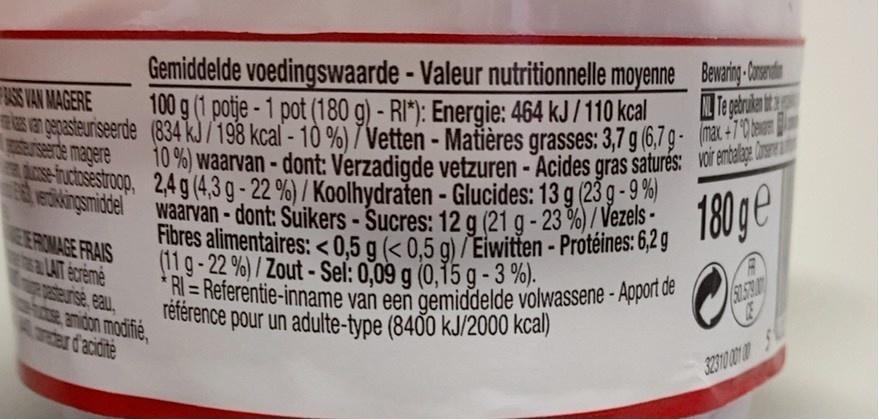
10 %) waarvan-dont: Verzadigde vetzuren - Acides gras saturés: voir endalae One eckingsmiddel waarvan-dont: Suikers-Sucres: 12 g (21 g- 23 %)/ Vezels - A-ructosestroop, 2,4 g (4,3 g - 22 %) / Koolhydraten - Glucides: 13 g (23 g - 9 %)
*RI = Referentie-inname van een gemiddelde volwassene - Apport de
Fibres alimentaires: < 0,5 g (< 0,5 g) / Eiwitten - Protéines: 6,2 g
Gemiddelde voedingswaarde - Valeur nutritionnelle moyenne_ Bewarig-Ooandn 100 g (1 potje - 1 pot (180 g) - RI*): Energie: 464 kJ/110 kcal s En genasteuriseerde (834 kJ/198 kcal - 10 %)7Vetten - Matières grasses: 3,7 g (6,7 9-
ASS VAN MAGERE
180ge
ingsmiddel waarvan-dont: Suikers-Sucres: 12 g (21 g - 23 %)/ veze EEROMAGE FRAIS a LAIT ecremé asteurise, eau, tse amidon modifie, (ard'acidite
(11g-22 %)/ Zout -Sel: 0,09 g (0,15 g - 3 %).
référence pour un adulte-type (840 kJ/2000 kcal)
3231001 00